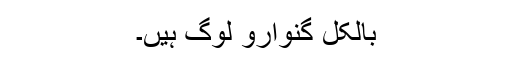
بالکل گنوارو لوگ ہیں۔